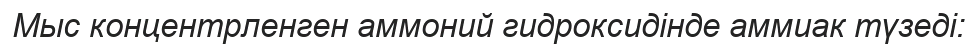
Мыс концентрленген аммоний гидроксидінде аммиак түзеді: